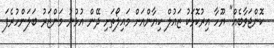
ކޮންޖަވާބެއް" ޔޫހާ އިރުކޮޅަކު ޒައުލް ކިޔާންއަށް މައިލޯތަށި ދޭން އުޅުނު މަންޒަރު ބަލަންހުރެފަ